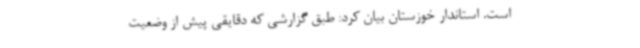
است. استاندار خوزستان بیان کرد: طبق گزارشی که دقایقی پیش از وضعیت